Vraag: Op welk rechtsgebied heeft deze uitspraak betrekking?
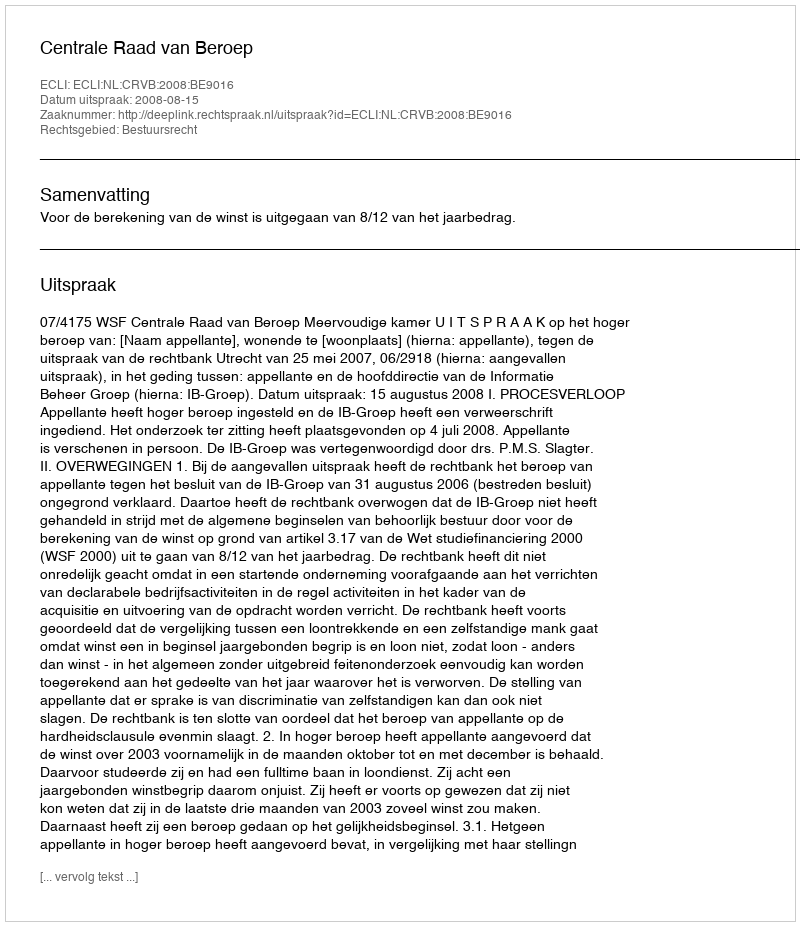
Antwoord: Bestuursrecht